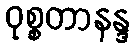
ဝုစ္စတာနန္ဒ